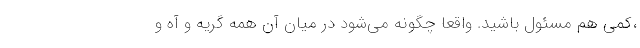
،کمی هم مسئول باشید. واقعا چگونه می‌شود در میان آن همه گریه و آه و